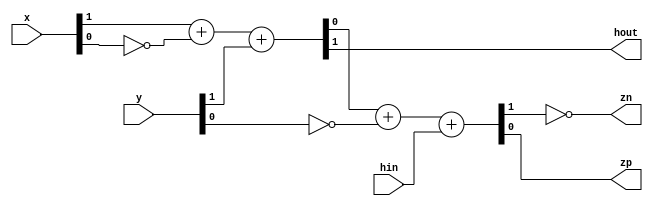
`timescale 1ns / 1ps
//////////////////////////////////////////////////////////////////////////////////
// Company: 
// Engineer: 
// 
// Design Name: 
// Module Name:    RA_Main 
// Project Name: 
// Target Devices: 
// Tool versions: 
// Description: 
//
// Dependencies: 
//
// Revision: 
// Revision 0.01 - File Created
// Additional Comments: 
//
//////////////////////////////////////////////////////////////////////////////////
module RA_Main(x,y,hin,hout,zp,zn);
	input [1:0] x,y;
	input hin;
	output hout,zp,zn;
	
	wire a1,b1,cin1,cout1,s1;
	wire a2,b2,cin2,cout2,s2;
	
	assign a1 = x[1];
	assign b1 = ~x[0];
	assign cin1 = y[1];
		
	assign {cout1,s1} = a1 + b1 + cin1;	//the 1st Full-Adder
	assign hout = cout1;
	
	assign a2 = s1;
	assign b2 = ~y[0];
	assign cin2 = hin;
	
	assign {cout2,s2} = a2 + b2 + cin2;		//the 2nd Full-Adder
	assign zn = ~cout2;
	assign zp = s2;


endmodule